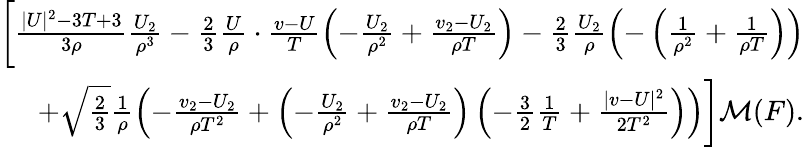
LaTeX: \begin{array}{r}{\bigg[\frac{|U|^{2}-3T+3}{3\rho}\frac{U_{2}}{\rho^{3}}-\frac{2}{3}\frac{U}{\rho}\cdot\frac{v-U}{T}\left(-\frac{U_{2}}{\rho^{2}}+\frac{v_{2}-U_{2}}{\rho T}\right)-\frac{2}{3}\frac{U_{2}}{\rho}\left(-\left(\frac{1}{\rho^{2}}+\frac{1}{\rho T}\right)\right)}\\ {+\sqrt{\frac{2}{3}}\frac{1}{\rho}\left(-\frac{v_{2}-U_{2}}{\rho T^{2}}+\left(-\frac{U_{2}}{\rho^{2}}+\frac{v_{2}-U_{2}}{\rho T}\right)\left(-\frac{3}{2}\frac{1}{T}+\frac{|v-U|^{2}}{2T^{2}}\right)\right)\bigg]\mathcal{M}(F).}\end{array}